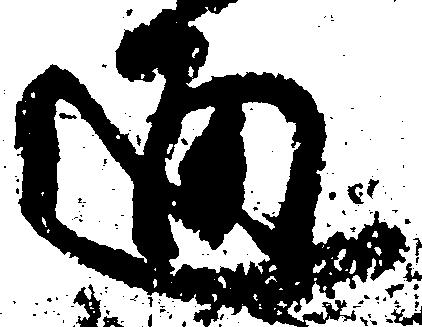
通